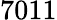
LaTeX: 7011